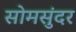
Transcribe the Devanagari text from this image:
सोमसुंदर